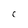
Character: C